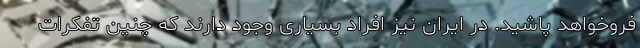
فروخواهد پاشید. در ایران نیز افراد بسیاری وجود دارند که چنین تفکرات